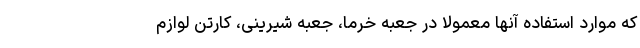
که موارد استفاده آنها معمولا در جعبه خرما، جعبه شیرینی، کارتن لوازم